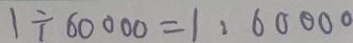
1 \div 6 0 0 0 0 = 1 : 6 0 0 0 0